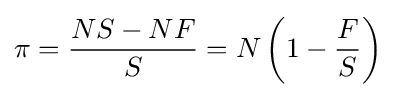
\pi ={\frac {NS-NF}{S}}=N\left(1-{\frac {F}{S}}\right)